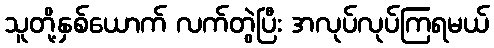
သူတို့နှစ်ယောက် လက်တွဲပြီး အလုပ်လုပ်ကြရမယ်